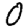
Digit: 0